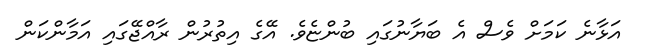
އަޅާނެ ކަމަށް ވެސް އެ ބަޔާނުގައި ބުންޏެވެ. އޭގެ އިތުރުން ރާއްޖޭގައި އަމާންކަން